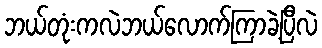
ဘယ်တုံးကလဲဘယ်လောက်ကြာခဲ့ပြီလဲ